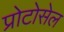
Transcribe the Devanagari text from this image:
प्रोटोसेल